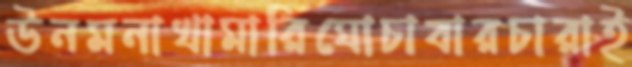
উনমনাখামারিঘোচাবারচারাই